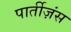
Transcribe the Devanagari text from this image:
पार्तीज़ंस